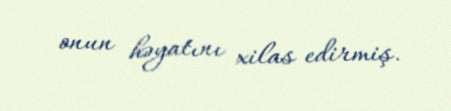
onun həyatını xilas edirmiş.